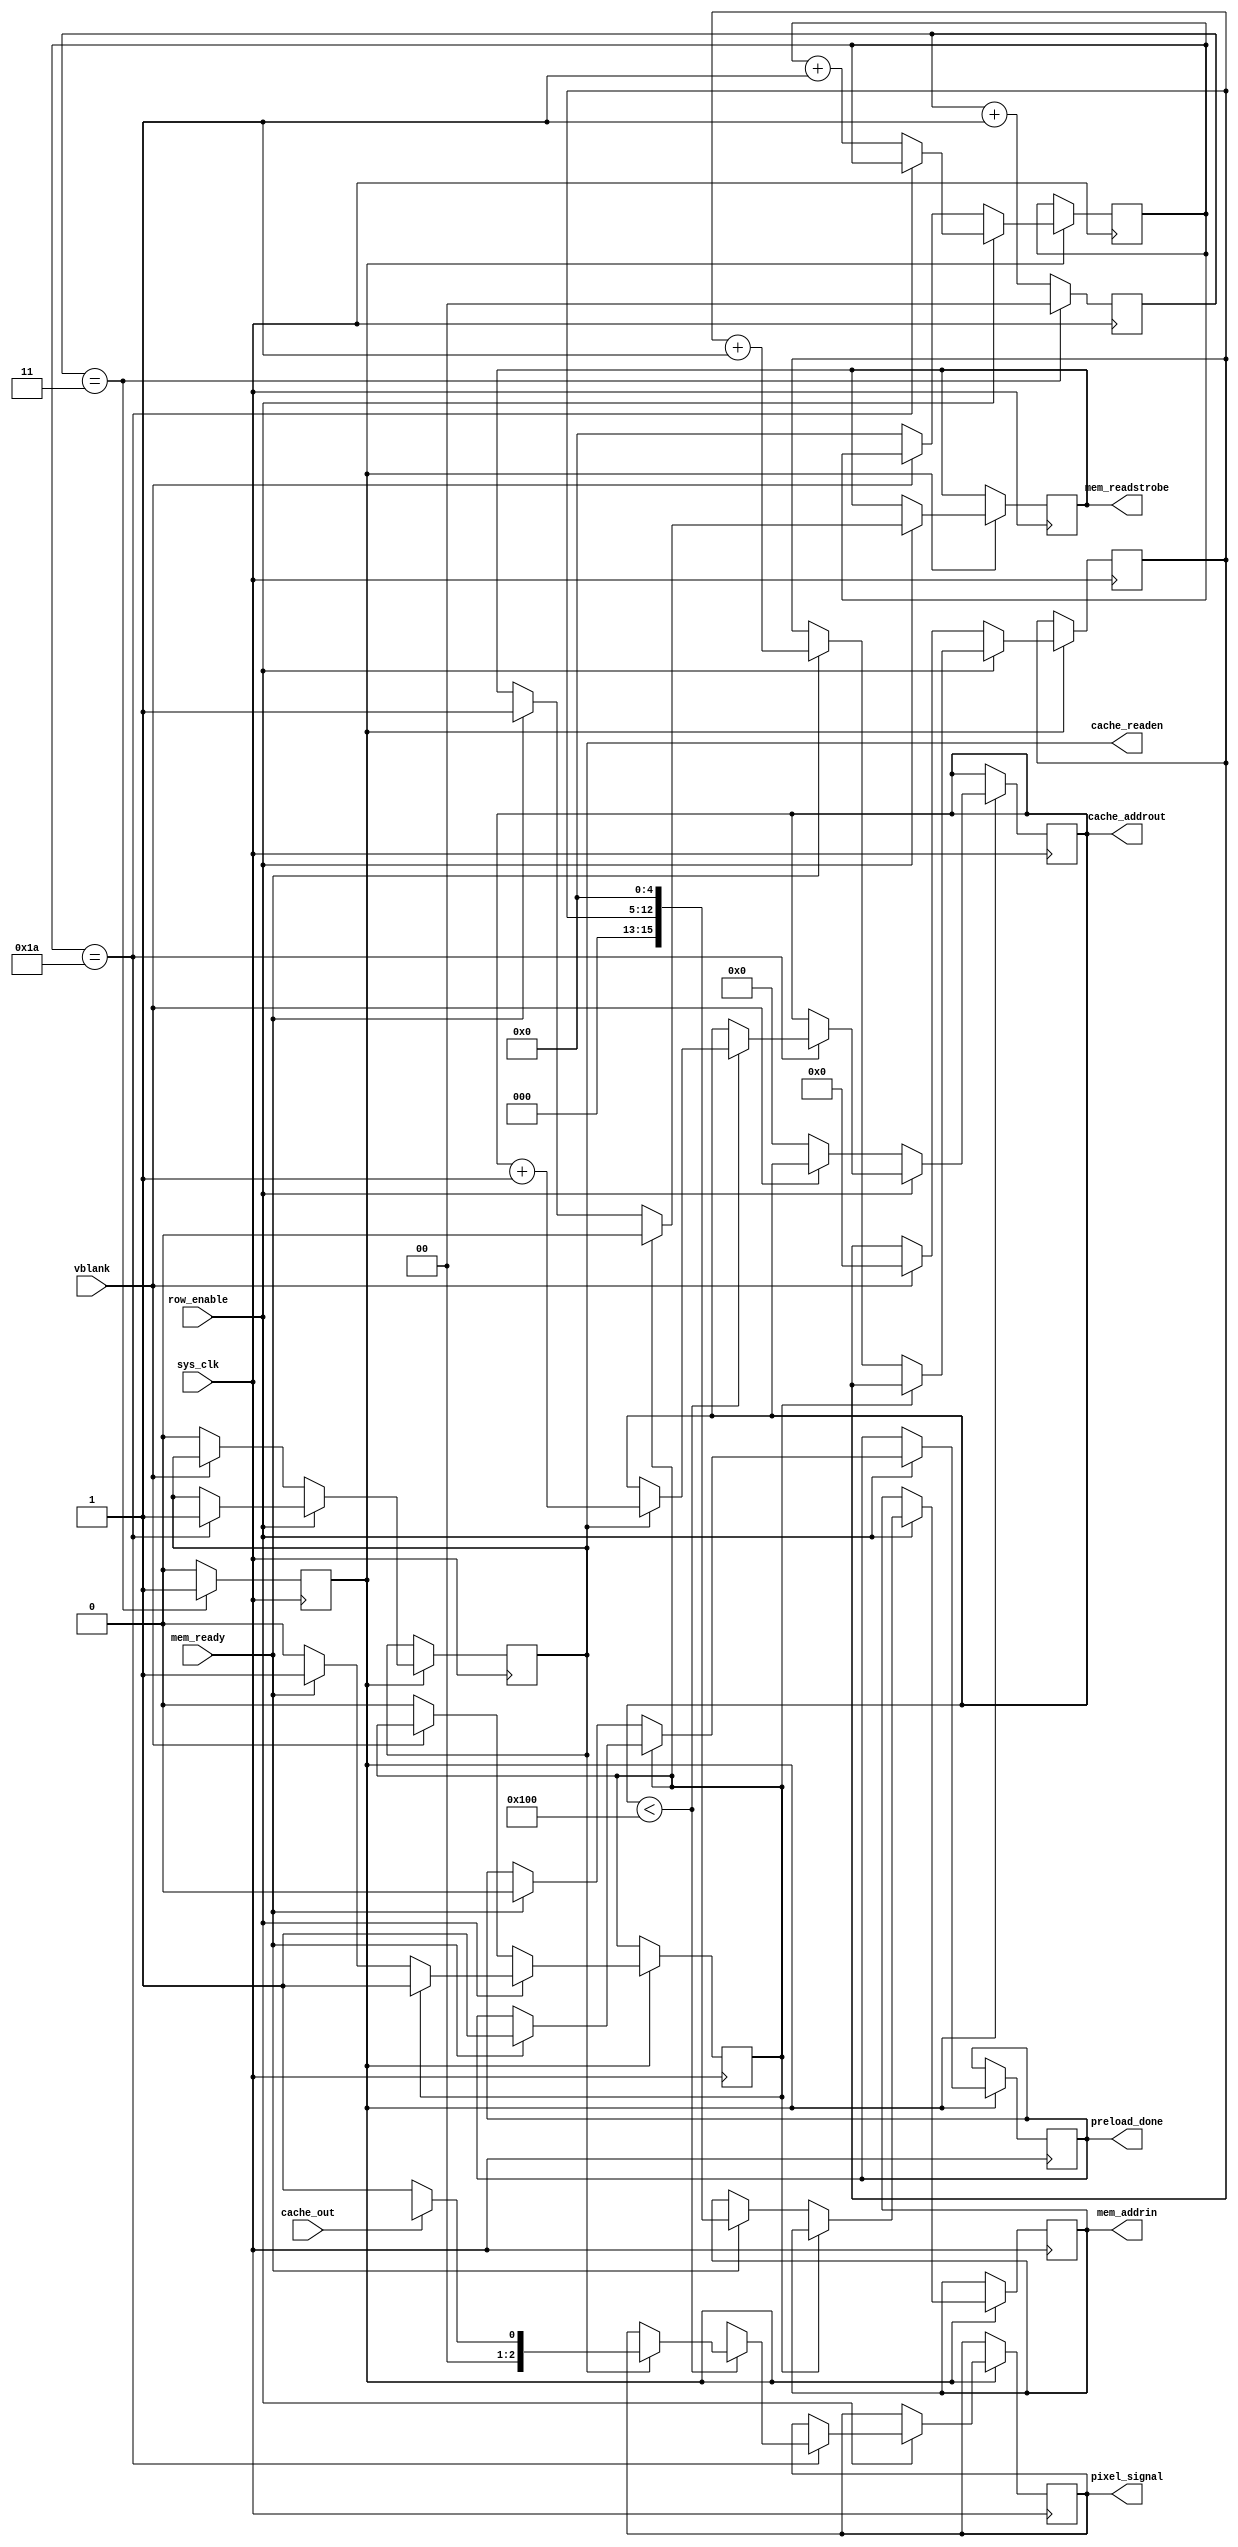
module pixel_signal (
  input sys_clk,
  input row_enable,             // 1, during row output, 0 otherwise
  input vblank,

  output reg cache_readen,
  input cache_out,
  output reg [8:0] cache_addrout,

  output reg [15:0] mem_addrin,
  input mem_ready,
  output reg mem_readstrobe,

  output reg [2:0] pixel_signal,
  output reg preload_done   // Preload is completed on posedge
);
  reg fetchdone = 0;
  reg [4:0] delaycounter = 0;

  reg [1:0] pix_c = 0;
  reg clk_en = 0;
  initial preload_done = 0;

  always @(posedge sys_clk) begin
    pix_c <= pix_c + 1'd1;

    if ( pix_c == 2'd3 )
    begin 
      clk_en <= 1;
      pix_c <= 2'd0;
    end
    else
      clk_en <= 0;
  end

  reg [7:0] row_counter = 0;

  always @(posedge sys_clk) 
  begin
    if ( clk_en ) begin
      if (row_enable)
      begin
        // fetch at the beginning of the row
        if ( !fetchdone ) begin 
          if ( mem_ready ) begin
            row_counter <= row_counter + 1'd1;
            mem_addrin <= { 3'b000, row_counter, 5'b00000 };
            mem_readstrobe <= 1;
            fetchdone <= 1;
            preload_done <= 0;
          end
        end
        else begin
          mem_readstrobe <= 0;
          if ( mem_ready ) preload_done <= 1;
        end

        // Write pixel out after an initial delay
        if ( delaycounter == 26 ) begin // Center a 256 pixel wide image
          cache_readen <= 1;

          if ( cache_addrout < 256 ) begin
            if ( cache_readen ) begin
              cache_addrout <= cache_addrout + 1'd1;
              // Visible between d24 and d280
              pixel_signal <= cache_out  ? video_level.gray3 : video_level.black; //cache_out ? gray3 : black;
            end
          end
          else pixel_signal <= video_level.gray1;
        end
        else
          delaycounter <= delaycounter + 1'd1;
      end
      else if ( vblank ) begin
        row_counter <= 0;
      end
      else
      begin
        cache_readen <= 0;
        fetchdone <= 0;
        delaycounter <= 0;
        cache_addrout <= 9'd0;
      end
    end
  end

endmodule